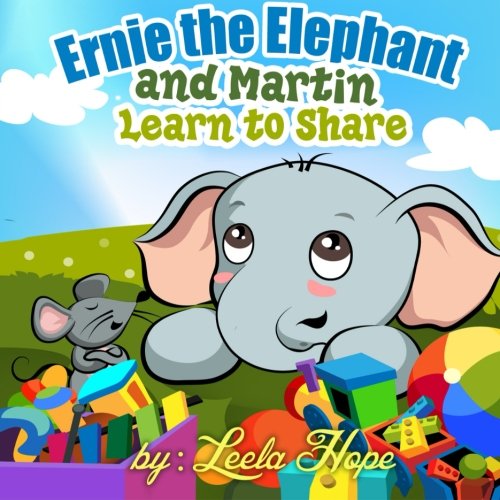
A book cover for Ernie the Elephant and Martin Learn to Share; Leela Hope; Crafts, Hobbies & Home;